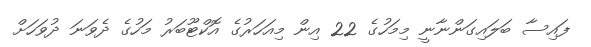
ފައިސާ ބަލައިގަންނާނީ މިމަހުގެ 22 އިން މިއަހަރުގެ އޮކްޓޫބަރު މަހުގެ ދެވަނަ ދުވަހަށް